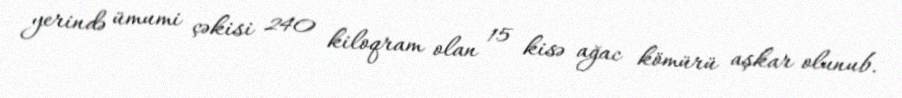
yerində ümumi çəkisi 240 kiloqram olan 15 kisə ağac kömürü aşkar olunub.